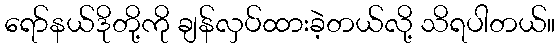
ရော်နယ်ဒိုတို့ကို ချန်လှပ်ထားခဲ့တယ်လို့ သိရပါတယ်။